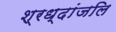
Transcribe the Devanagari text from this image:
श्रध्दांजलि